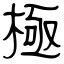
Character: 極